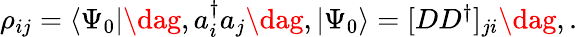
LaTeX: \begin{array}{r}{\rho_{ij}=\langle\Psi_{0}|\dag,a_{i}^{\dagger}a_{j}\dag,|\Psi_{0}\rangle=[DD^{\dagger}]_{ji}\dag,.}\end{array}